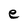
Character: e